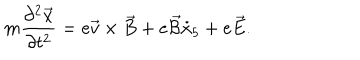
m \frac { \partial ^ { 2 } \overrightarrow { x } } { \partial t ^ { 2 } } = e \overrightarrow { v } \times \overrightarrow { B } + e \overrightarrow { { \cal { B } } } \dot { x } _ { 5 } + e \overrightarrow { E } .